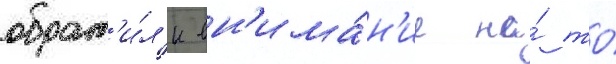
обрат'и́л'и вн'има́н'ие на́ то́